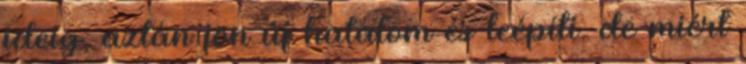
ideig, aztán jön új hatalom és leépíti. de miért